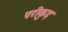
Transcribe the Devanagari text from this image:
परीकुड़